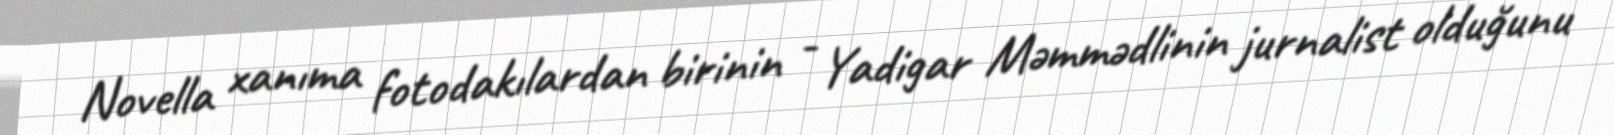
Novella xanıma fotodakılardan birinin - Yadigar Məmmədlinin jurnalist olduğunu